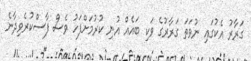
ގަރާރު އެކުގައި ނުވަތަ ގަރާރުގެ ވަކި ބައެއް އުނި ކުރުމަށްފަހު ވެސް ފާސްކުރެވިދާނެ